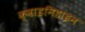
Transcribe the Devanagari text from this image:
क्वाइनिडाइन